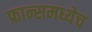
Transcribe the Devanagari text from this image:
फ्रान्समध्येच